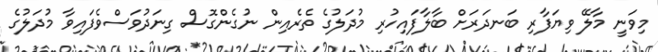
މިވަނީ މާލޭ ވިޔަފާރި ބަނދަރަށް ބާލާފައިހުރި މުދަލުގެ ތެރެއިން ނުގެންގޮސް ގިނަދުވަސްވެފައިވާ މުދަލުގެ